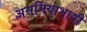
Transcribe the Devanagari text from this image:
असमियाभाषी